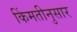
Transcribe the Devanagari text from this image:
किंमतीनुसार